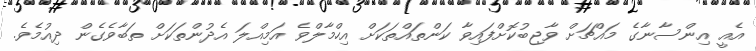
އެއީ އިންސާނާގެ މައްޗަށް ވާޖިބުކޮށްފައިވާ ކަންތައްތަކަށް އިހްމާލްވެ އަމިއްލަ އެދުންތަކަށް ތަބާވެގެން ދިއުމެވެ.